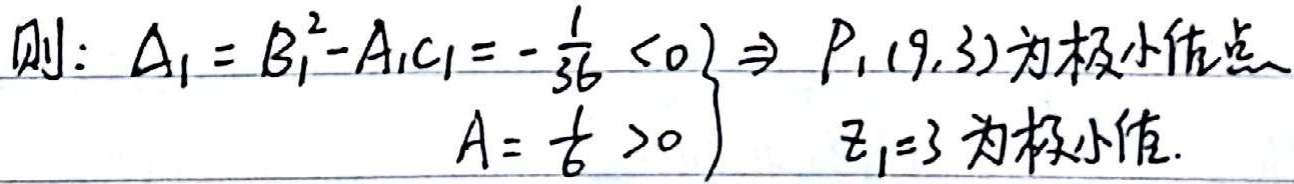
则：
\[
\left.\begin{array}{l}
\Delta_1 = B_1^{2}-A_1C_1=-\frac{1}{36}<0\\
A = \frac{1}{6}>0
\end{array}\right\}\Rightarrow P_1(9,3)\text{为极小值点，}z_1 = 3\text{为极小值。}
\]